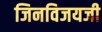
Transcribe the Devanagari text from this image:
जिनविजयजी